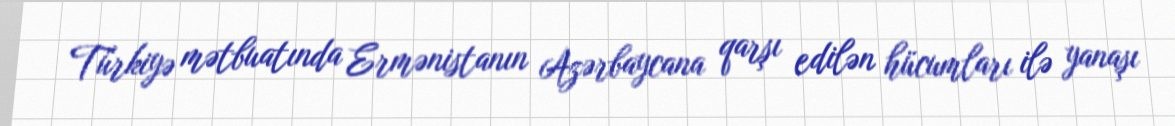
Türkiyə mətbuatında Ermənistanın Azərbaycana qarşı edilən hücumları ilə yanaşı